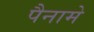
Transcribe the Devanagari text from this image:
पैनामे